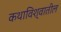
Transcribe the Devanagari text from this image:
कथाविश्वातील